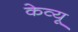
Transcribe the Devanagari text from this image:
केव्यू